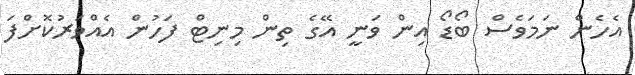
އެހެން ނަމަވެސް ބޯޑޯ އިން ވަނީ އޭގެ ތިން މިނިޓް ފަހުން އެއްވަރުކޮށްފަ